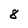
Character: 8